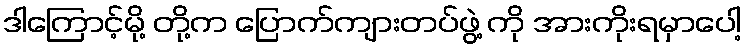
ဒါကြောင့်မို့ တို့က ပြောက်ကျားတပ်ဖွဲ့ ကို အားကိုးရမှာပေါ့